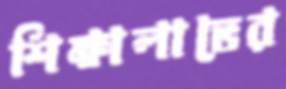
শিক্ষালাভের